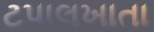
ટપાલખાતા